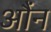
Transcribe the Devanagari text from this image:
औंन